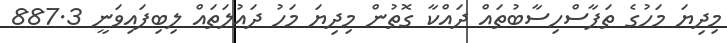
މިދިޔަ މަހުގެ ތަފާސްހިސާބުތައް ދައްކާ ގޮތުން މިދިޔަ މަހު ދައުލަތައް ލިބިފައިވަނީ 887.3